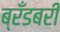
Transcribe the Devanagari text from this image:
ब्रँडबरी